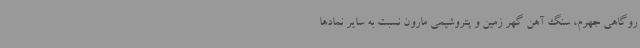
روگاهی جهرم، سنگ آهن گهر زمین و پتروشیمی مارون نسبت به سایر نمادها